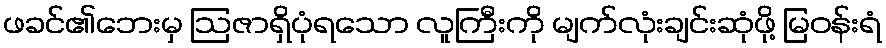
ဖခင်၏ဘေးမှ ဩဇာရှိပုံရသော လူကြီးကို မျက်လုံးချင်းဆုံဖို့ မြဝန်းရံ